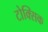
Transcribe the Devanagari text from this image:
टोक्सिक